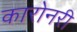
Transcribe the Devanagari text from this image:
कारोनरी